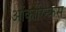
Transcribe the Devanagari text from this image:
ओंकोरिन्कस